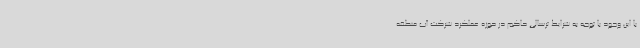
با این وجود با توجه به شرایط ترسالی حاکم در حوزه عملکرد شرکت آب منطقه